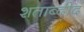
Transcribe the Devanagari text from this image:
शताब्दीद